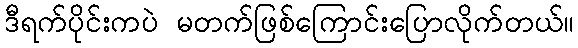
ဒီရက်ပိုင်းကပဲ မတက်ဖြစ်ကြောင်းပြောလိုက်တယ်။